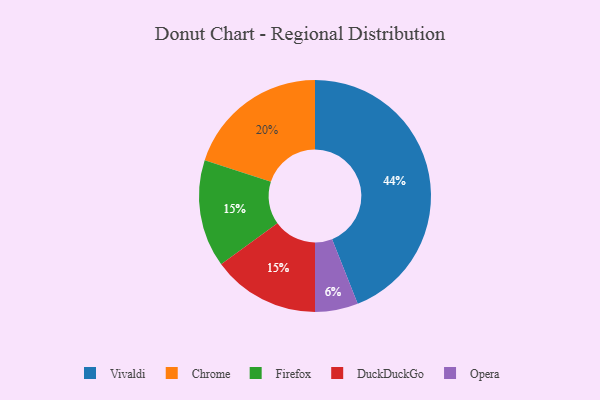
{"axis": {"x": "Category", "y": "Percentage"}, "legend": ["Chrome", "DuckDuckGo", "Firefox", "Opera", "Vivaldi"], "data": [{"x": "Chrome", "y": 20, "type": "Chrome"}, {"x": "Vivaldi", "y": 44, "type": "Vivaldi"}, {"x": "Opera", "y": 6, "type": "Opera"}, {"x": "Firefox", "y": 15, "type": "Firefox"}, {"x": "DuckDuckGo", "y": 15, "type": "DuckDuckGo"}]}